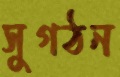
সুগঠন